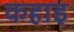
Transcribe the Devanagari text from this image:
कहाइ